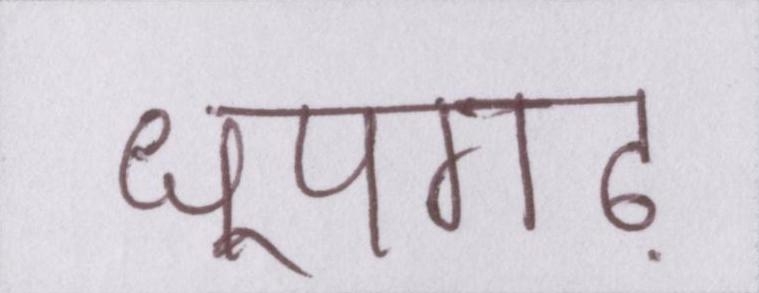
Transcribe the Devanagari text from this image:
धूपगढ़